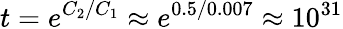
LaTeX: t=e^{C_{2}/C_{1}}\approx e^{0.5/0.007}\approx 10^{31}